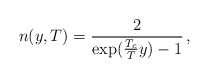
\begin{align*}n(y,T) = \frac{2}{\exp(\frac{T_c}{T}y) - 1}\,,\end{align*}